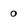
Character: 0